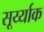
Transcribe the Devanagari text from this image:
सूर्य्याक